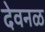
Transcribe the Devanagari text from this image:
देवनळ